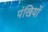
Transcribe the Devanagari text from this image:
पंखियों